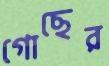
গোছের